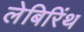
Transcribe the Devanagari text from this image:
लेबिरिंथ